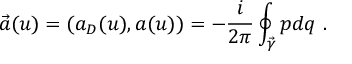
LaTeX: \vec { a } ( u ) = ( a _ { D } ( u ) , a ( u ) ) = - { \frac { i } { 2 \pi } } \oint _ { \vec { \gamma } } p d q \ .